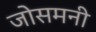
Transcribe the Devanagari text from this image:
जोसमनी